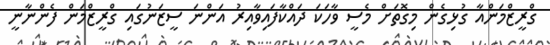
ގްރީޒްމަންއާ ގުޅިގެން މިގޮތަށް މެސީ ވާހަކަ ދައްކާފައިވާއިރު އަންނަ ސީޒަނުގައި ގްރީޒްމަން ފެންނާނީ